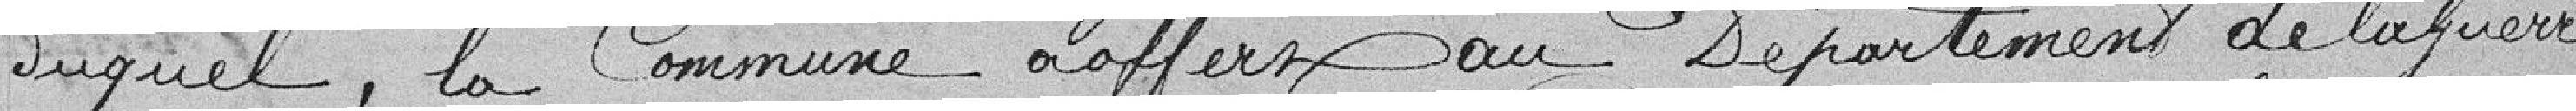
duquel, la Commune a offert au Département de la guerre